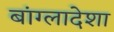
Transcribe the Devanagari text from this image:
बांग्लादेशा